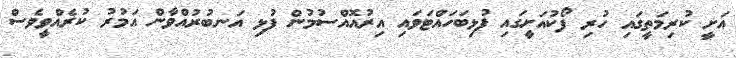
އަށީ ކުރިމަތީގައި ހުރި ފޯކުއަށީގައި ފުޅިބަހައްޓަވައި އިރުއޮއްސުމުން ފުޅި އަނބުރުއްވާން އަމުރު ކުރެއްވީވެސް